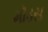
મૉડસ